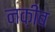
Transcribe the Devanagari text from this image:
नक़ीब